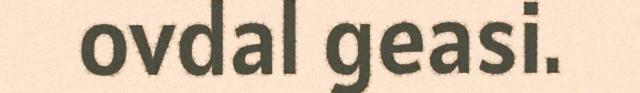
ovdal geasi.